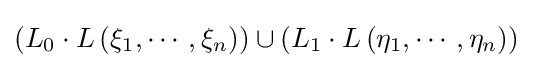
(L_{0}\cdot L\left(\xi _{1},\cdots ,\xi _{n}\right))\cup (L_{1}\cdot L\left(\eta _{1},\cdots ,\eta _{n}\right))